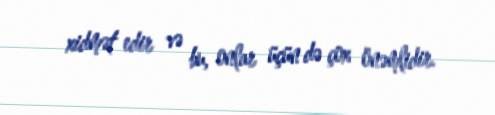
xidmət edir və bu, onlar üçün də çox önəmlidir.